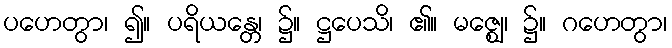
ပဟေတွာ၊ ၍။ ပရိယန္တေ၊ ၌။ ဋ္ဌပေသိ၊ ၏။ မဇ္ဈေ၊ ၌။ ဂဟေတွာ၊